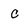
Character: C